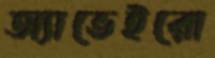
অ্যাভেইরো